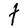
Character: t